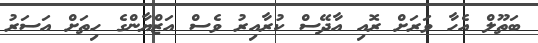
ބަތޫލް އެހާ ވަރަށް ރޮއި އާދޭސް ކުރާއިރު ވެސް އަޒްޔާންގެ ހިތަށް އަސަރު